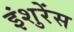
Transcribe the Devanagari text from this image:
इंशुरेंस